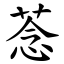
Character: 菍